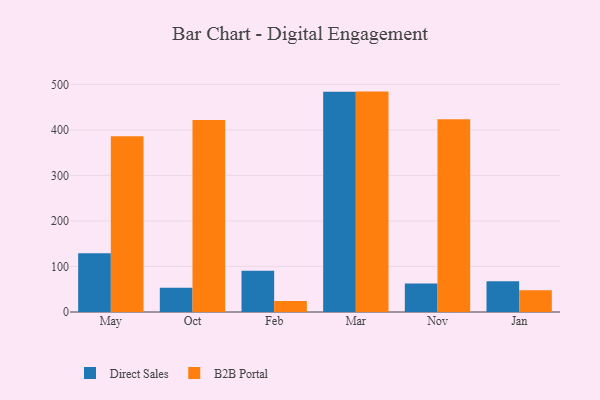
{"axis": {"x": "Month", "y": "Budget (USD K)"}, "legend": ["B2B Portal", "Direct Sales"], "data": [{"x": "May", "y": 129.3, "type": "Direct Sales"}, {"x": "May", "y": 385.9, "type": "B2B Portal"}, {"x": "Oct", "y": 53.4, "type": "Direct Sales"}, {"x": "Oct", "y": 421.9, "type": "B2B Portal"}, {"x": "Feb", "y": 90.6, "type": "Direct Sales"}, {"x": "Feb", "y": 24.0, "type": "B2B Portal"}, {"x": "Mar", "y": 484.0, "type": "Direct Sales"}, {"x": "Mar", "y": 484.1, "type": "B2B Portal"}, {"x": "Nov", "y": 62.8, "type": "Direct Sales"}, {"x": "Nov", "y": 423.2, "type": "B2B Portal"}, {"x": "Jan", "y": 67.7, "type": "Direct Sales"}, {"x": "Jan", "y": 47.6, "type": "B2B Portal"}]}